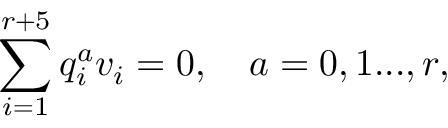
\sum _ { i = 1 } ^ { r + 5 } q _ { i } ^ { a } v _ { i } = 0 , \quad a = 0 , 1 . . . , r ,